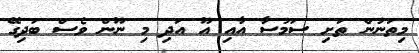
މިތަނުން ތަށި ސަމުސާ އާއި އޫ އަދި މި ނޫން ވެސް ބަދިގޭ